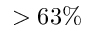
> 6 3 \%